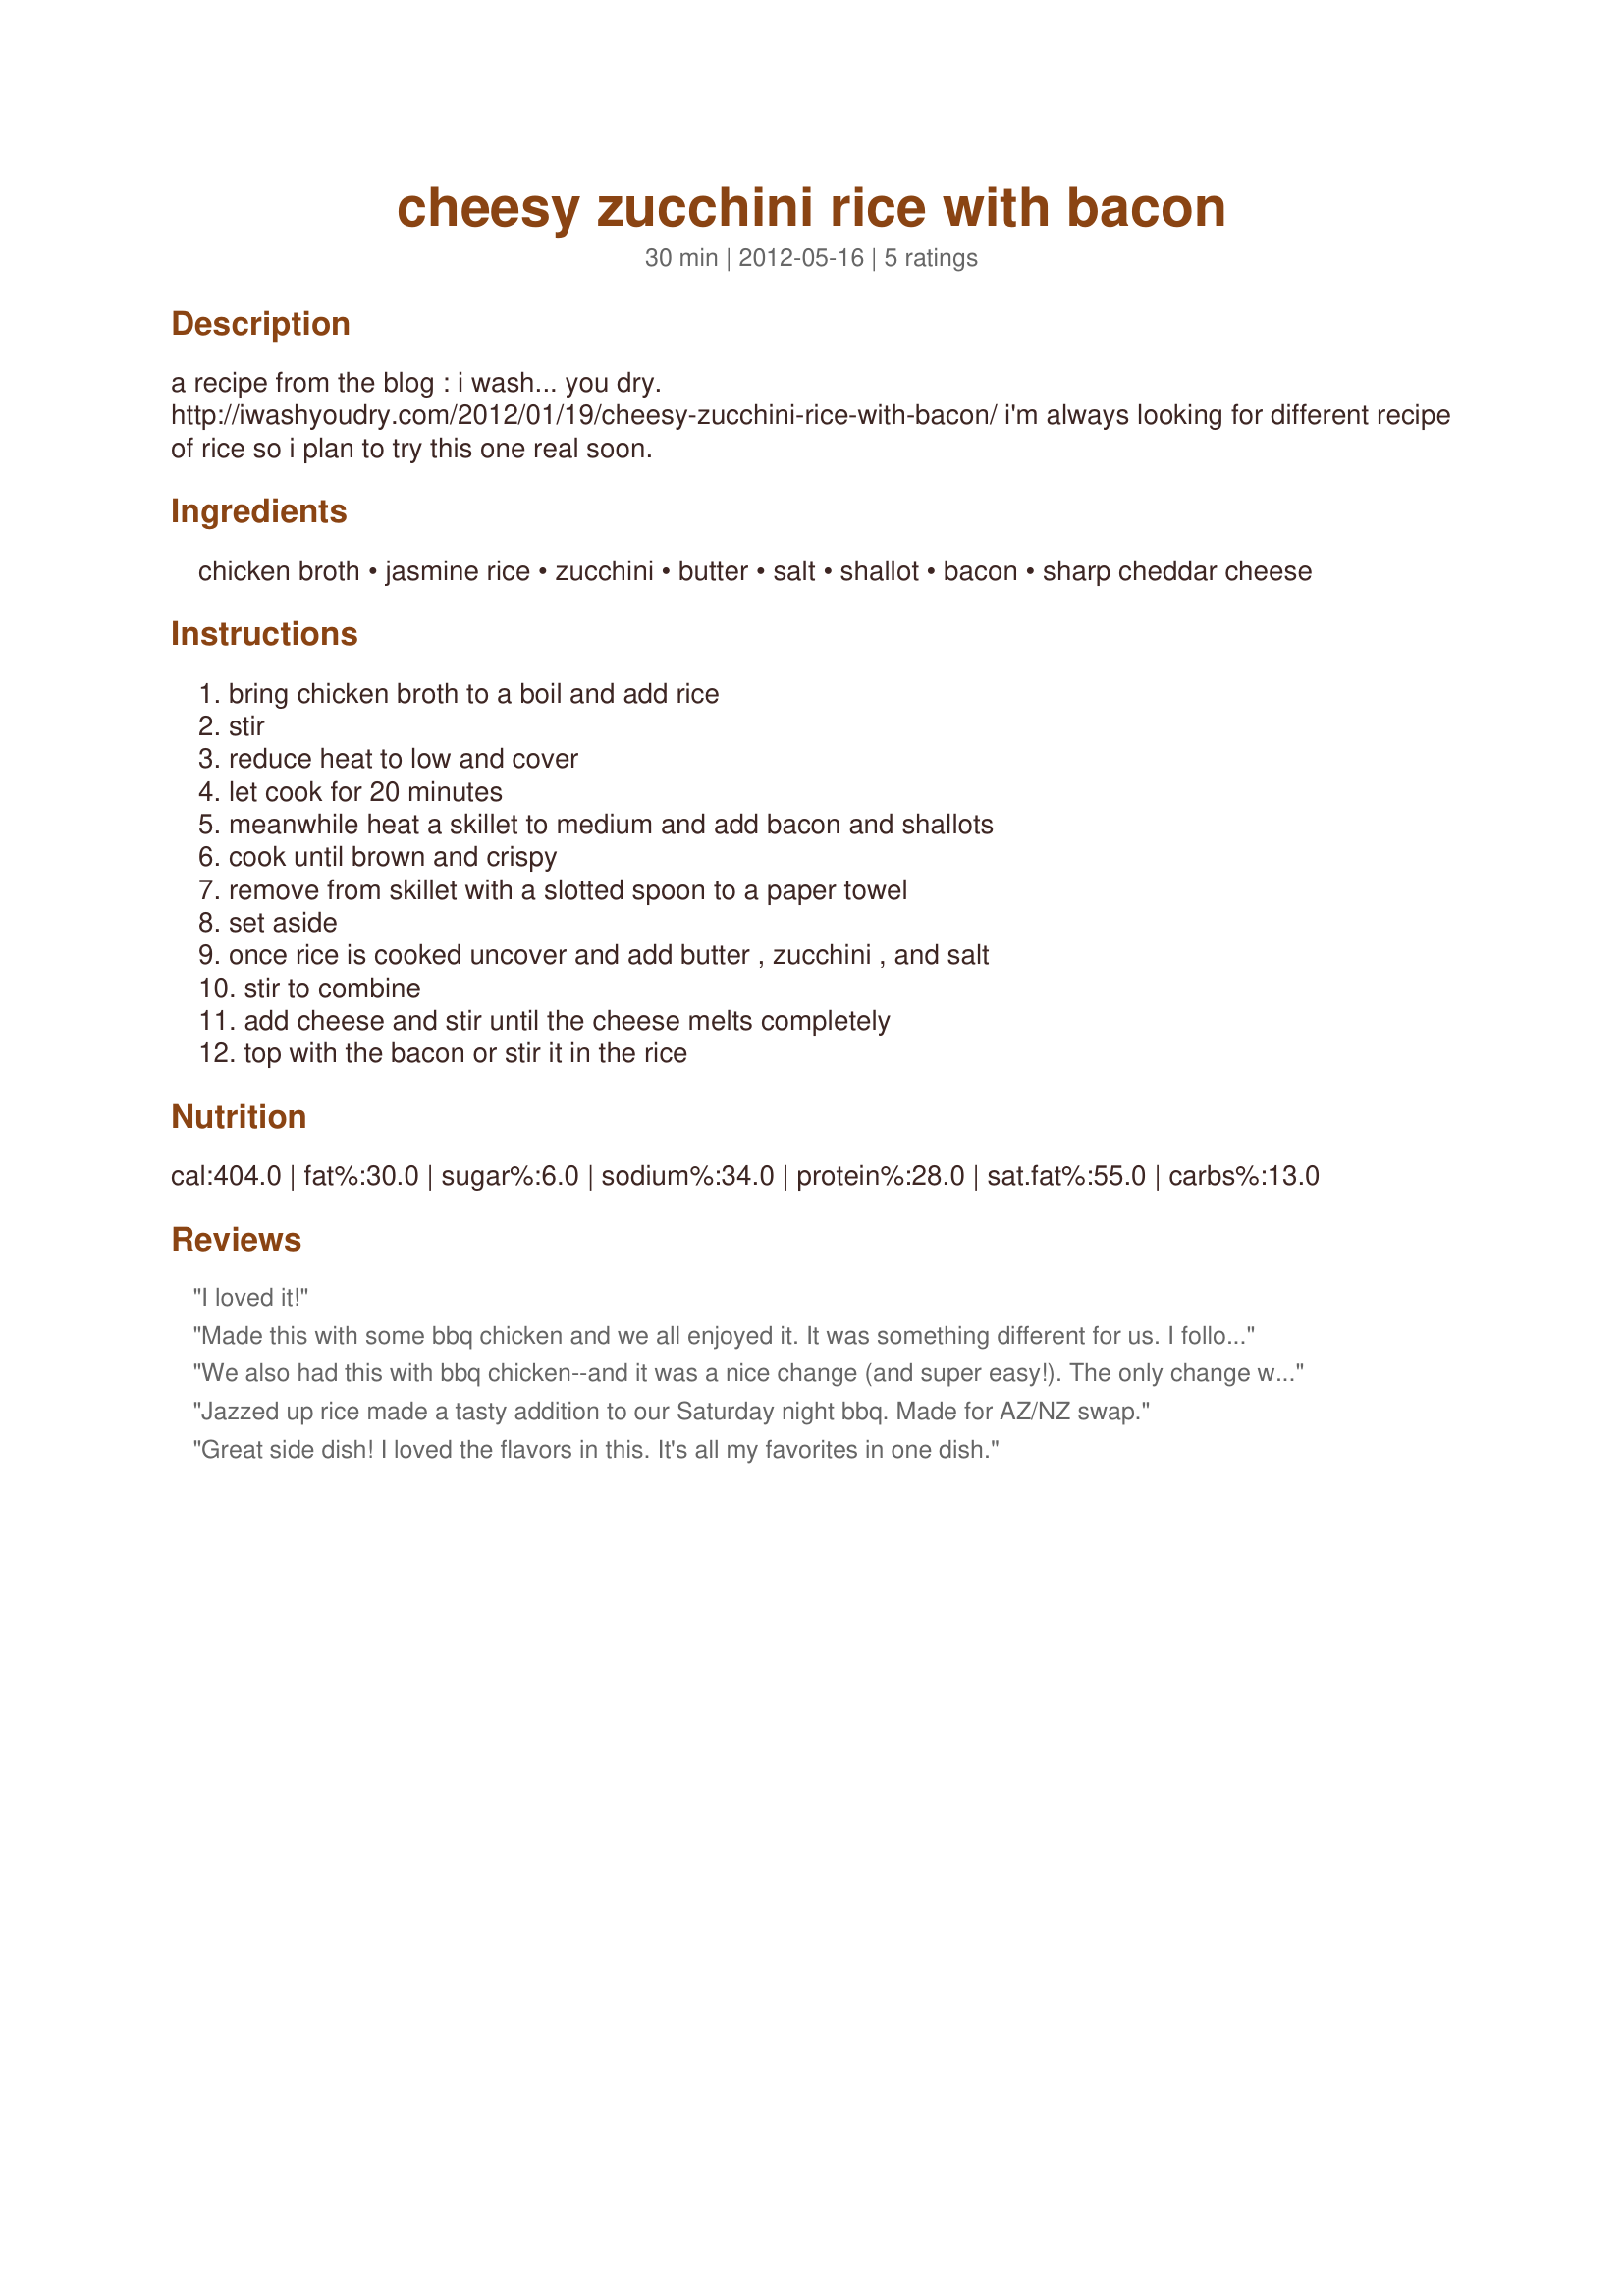
cheesy zucchini rice with bacon
Preparation time: 30 minutes

a recipe from the blog : i wash... you dry. http://iwashyoudry.com/2012/01/19/cheesy-zucchini-rice-with-bacon/ i'm always looking for different recipe of rice so i plan to try this one real soon.

Ingredients:
chicken broth, jasmine rice, zucchini, butter, salt, shallot, bacon, sharp cheddar cheese

Steps:
bring chicken broth to a boil and add rice, stir, reduce heat to low and cover, let cook for 20 minutes, meanwhile heat a skillet to medium and add bacon and shallots, cook until brown and crispy, remove from skillet with a slotted spoon to a paper towel, set aside, once rice is cooked uncover and add butter , zucchini , and salt, stir to combine, add cheese and stir until the cheese melts completely, top with the bacon or stir it in the rice

Reviews:
I loved it!
Made this with some bbq chicken and we all enjoyed it. It was something different for us. I followed the recipe exactly as written.
We also had this with bbq chicken--and it was a nice change (and super easy!). The only change was that I used about a Tbs of chives instead of the shallot. This recipe is a great way to get in veggies (and use up zucchini)!
Jazzed up rice made a tasty addition to our Saturday night bbq. Made for AZ/NZ swap.
Great side dish! I loved the flavors in this. It's all my favorites in one dish.
